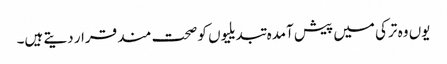
یوں وہ ترکی میں پیش آمدہ تبدیلیوں کو صحت مند قرار دیتے ہیں۔